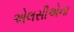
એલસીએના